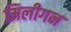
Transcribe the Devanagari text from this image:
मिलीगन